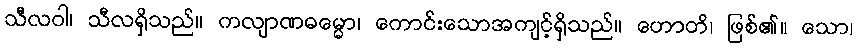
သီလဝါ၊ သီလရှိသည်။ ကလျာဏဓမ္မော၊ ကောင်းသောအကျင့်ရှိသည်။ ဟောတိ၊ ဖြစ်၏။ သော၊